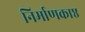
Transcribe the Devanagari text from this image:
निर्माणकाष्ठ